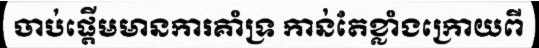
ចាប់ផ្តើមមានការគាំទ្រ កាន់តែខ្លាំងក្រោយពី